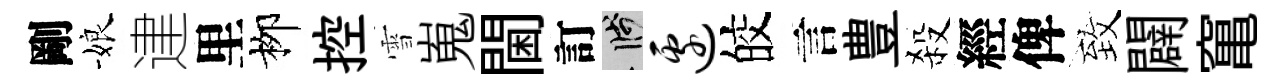
剛娘䢖里栁控雪嵬閫訂箋边皎言豊殺經俾致闢𥧄